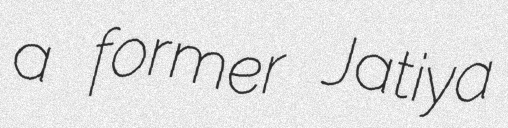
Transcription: a former Jatiya